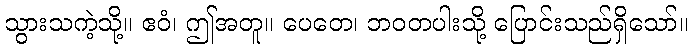
သွားသကဲ့သို့။ ဧဝံ၊ ဤအတူ။ ပေတေ၊ ဘဝတပါးသို့ ပြောင်းသည်ရှိသော်။